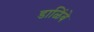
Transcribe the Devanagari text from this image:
डाळिंबे